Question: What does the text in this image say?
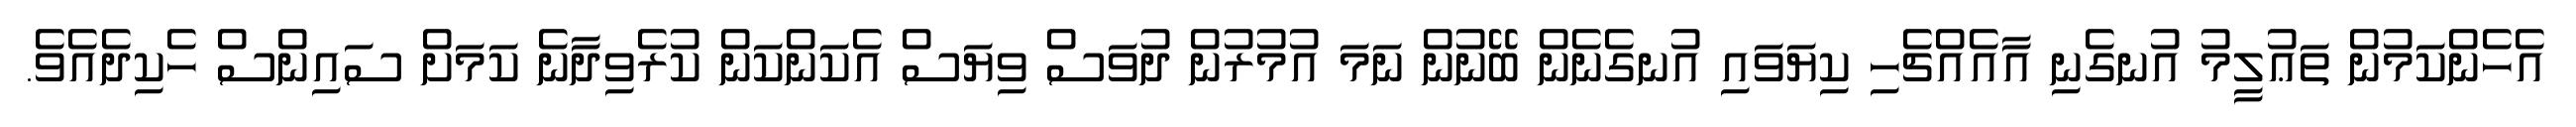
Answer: އެހެންކަމުން ތަޢުލީމު އުނގެނި އާއެއްޗެހި ކިޔަވައި އުނގެނެން ބޭނުން ނަމަ އުމުރުން ދުވަސް ވިޔަސް އެކަންކަން ކުރެވިދާނެ ކަމަށް ސައިންސް ހެކިދެއެވެ.